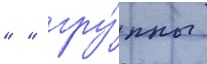
" " гру́ппы